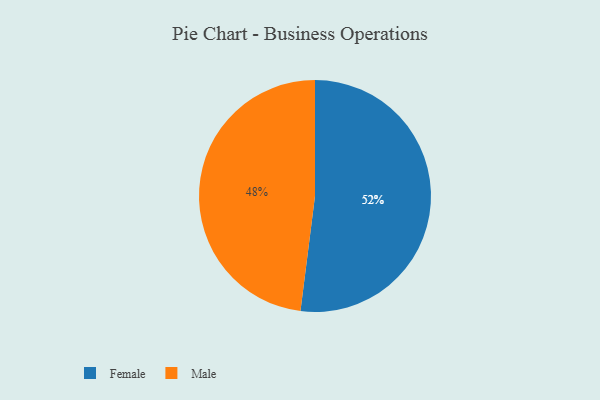
{"axis": {"x": "Category", "y": "Percentage"}, "legend": ["Female", "Male"], "data": [{"x": "Male", "y": 48, "type": "Male"}, {"x": "Female", "y": 52, "type": "Female"}]}